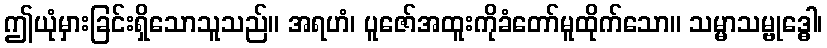
ဤယုံမှားခြင်းရှိသောသူသည်။ အရဟံ၊ ပူဇော်အထူးကိုခံတော်မူထိုက်သော။ သမ္မာသမ္ဗုဒ္ဓေါ၊